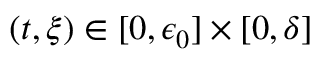
( t , \xi ) \in [ 0 , \epsilon _ { 0 } ] \times [ 0 , \delta ]